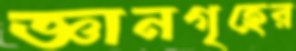
জ্ঞানগৃহের